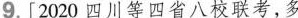
9.[2020四川等四省八校联考，多